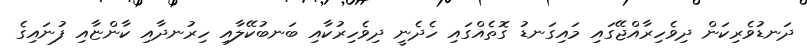
ދަނޑުވެރިކަން ދިވެހިރާއްޖޭގައި މައިގަނޑު ގޮތެއްގައި ހެދެނީ ދިވެހިރުކާއި ބަނބުކޭލާއި ހިރުނދާއި ކާންޏާއި ފުނައިގެ